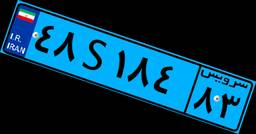
۶۹S۲۹۸۱۷